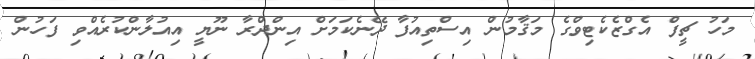
މަހު ޗީފް އެގްޒެކެޓިވްގެ މަޤާމުން އިސްތިއުފާ ދޭނެކަމަށް އިންދްރާ ނޫޔީ އިއުލާންކުރެއްވި ފަހުން